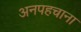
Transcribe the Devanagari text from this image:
अनपहचाना